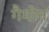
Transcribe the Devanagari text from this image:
गैमोन